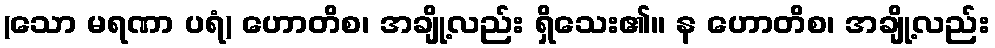
(သော မရဏာ ပရံ) ဟောတိစ၊ အချို့လည်း ရှိသေး၏။ န ဟောတိစ၊ အချို့လည်း